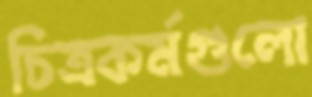
চিত্রকর্মগুলো